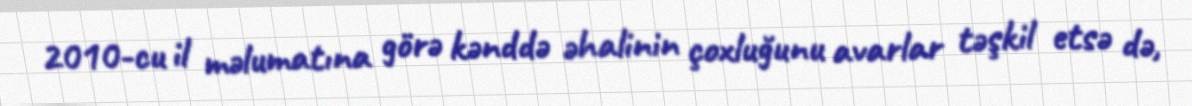
2010-cu il məlumatına görə kənddə əhalinin çoxluğunu avarlar təşkil etsə də,